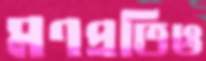
মণপ্রতিও